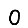
Digit: 0